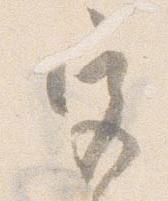
宮